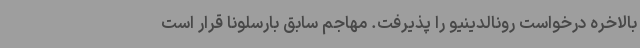
بالاخره درخواست رونالدینیو را پذیرفت. مهاجم سابق بارسلونا قرار است